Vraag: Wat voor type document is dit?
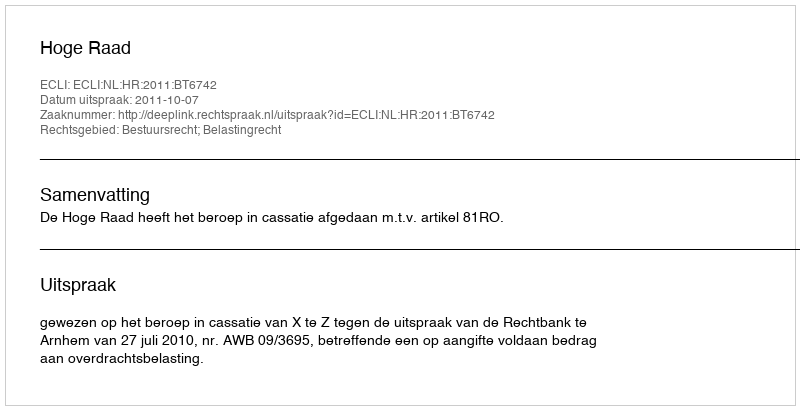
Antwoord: Uitspraak